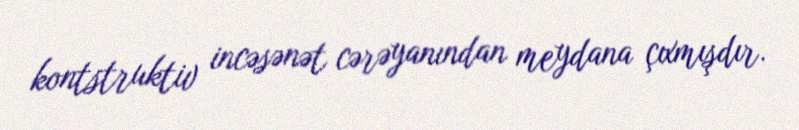
kontstruktiv incəsənət cərəyanından meydana çıxmışdır.